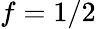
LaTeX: f=1/2